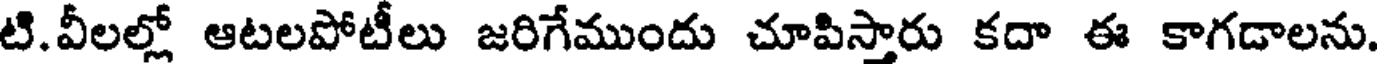
టి.వీలల్లో ఆటలపోటీలు జరిగేముందు చూపిస్తారు కదా ఈ కాగడాలను.